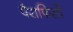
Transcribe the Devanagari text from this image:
पैराफिंसों